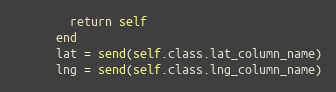
Language: Ruby
        return self
      end
      lat = send(self.class.lat_column_name)
      lng = send(self.class.lng_column_name)